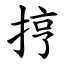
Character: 㧸